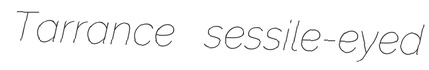
Tarrance sessile-eyed